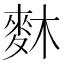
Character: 𪌎